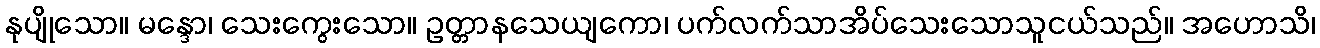
နုပျိုသော။ မန္ဒော၊ သေးကွေးသော။ ဥတ္တာနသေယျကော၊ ပက်လက်သာအိပ်သေးသောသူငယ်သည်။ အဟောသိ၊